Civil Veterinary Department. United Provinces 1932-42 - 1932-1942
Year: 1932
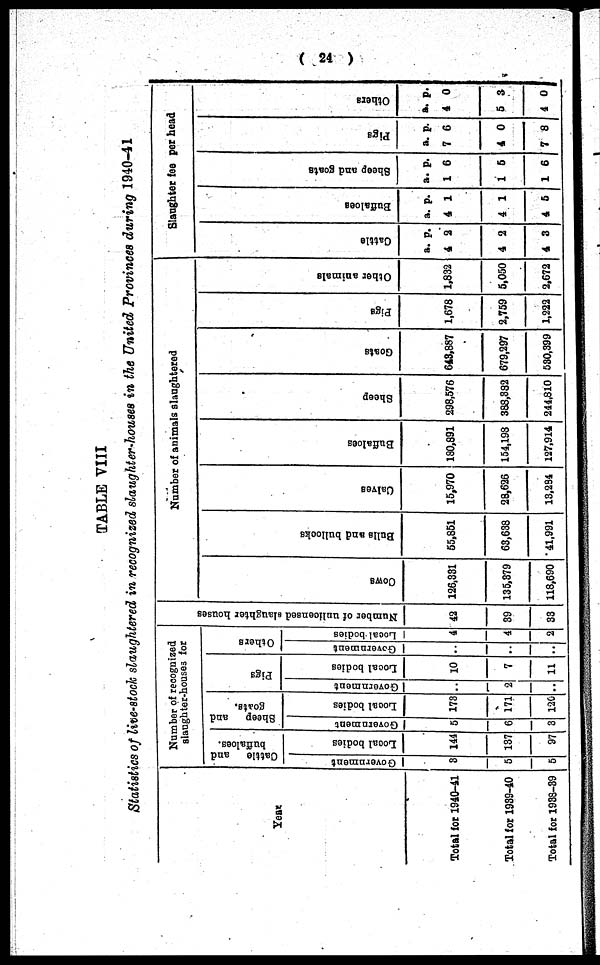
( 24 )
TABLE VIII
Statistics of live-stock slaughtered in recognized slaughter-houses in the United Provinces during 1940-41
Year
Total for 1940-41
Total for 1939-40
Total for 1938-39
Numbof recognized
slaugerhter-houses for
Cattle
and
buffaloes.
Government
3
5
5
Local bodies
144
137
97
Sheep and
goats.
Go v e r
n me n t
5
6
3
Local bodi es
173
171
120
Pigs
Government
..
2
..
Local bodies
10
7
11
Others
Government
..
..
..
Local bodies
4
4
2
Nu mb e r o f u n l l c e n s e d s l a u g h t e r hous es
42
39
33
Number of animals slaughtered
Cows
126,331
135,379
118,690
Bul l s and bul l
ocks
55,851
63,638
41,991
Cal ves
15,970
28,626
13,294
Buf f
a l
oe s
180,891
154,198
127,914
Sheep
298,576
388,332
244,810
Goat s
643,887
679,297
530,399
Pi gs
1,678
2,759
1,222
Ot her animals
1,832
5,050
2,672
Slaughter fee per head
Cat t l e
a.
4
4
4
p.
2
2
3
Buf f
a l
oe s
a.
4
4
4
p.
1
1
5
Sheep and goat s
a.
1
1
1
p.
6
5
6
Pigs
a.
7
4
7
p.
6
0
8
Ot her s
a.
4
5
4
p.
0
3
0